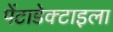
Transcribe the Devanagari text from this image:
पेंटाडेक्टाइला